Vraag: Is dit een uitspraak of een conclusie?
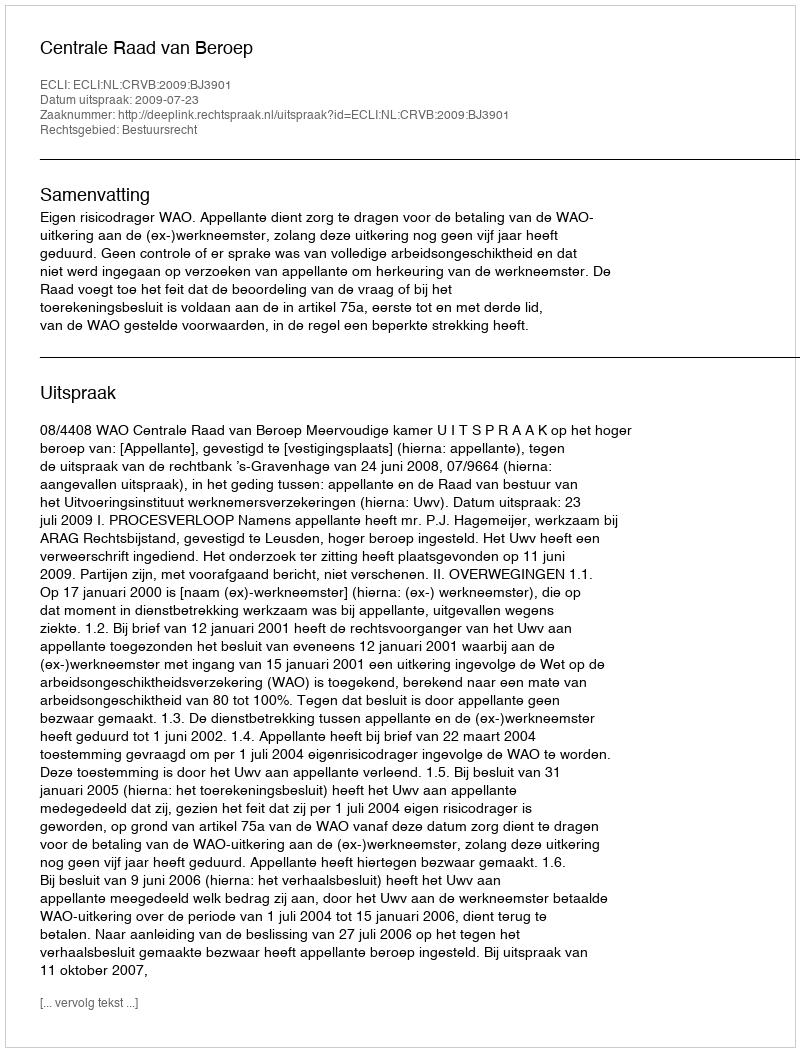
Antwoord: Uitspraak